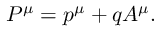
P ^ { \mu } = p ^ { \mu } + q A ^ { \mu } .